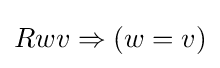
Rwv\Rightarrow (w=v)